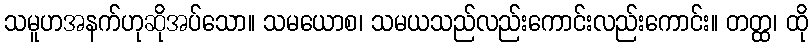
သမူဟအနက်ဟုဆိုအပ်သော။ သမယောစ၊ သမယသည်လည်းကောင်းလည်းကောင်း။ တတ္ထ၊ ထို